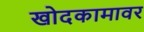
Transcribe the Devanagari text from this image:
खोदकामावर